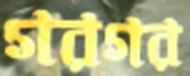
গরগর